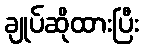
ချုပ်ဆိုထားပြီး